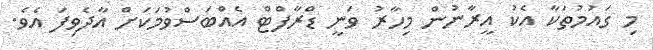
މި ގައުމުތަކާ އެކު އީރާނުން މިހާރު ވަނީ ޑްރާފްޓް އެއްބަސްވުމަކަށް އާދެވިފަ އެވެ.